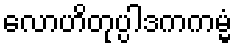
လောဟိတုပ္ပါဒကကမ္မံ